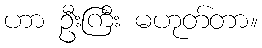
ဟာ ဦးကြီး မဟုတ်တာ။